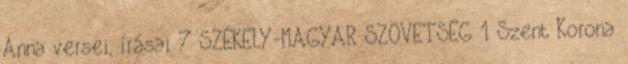
Anna versei, írásai 7 SZÉKELY-MAGYAR SZÖVETSÉG 1 Szent Korona